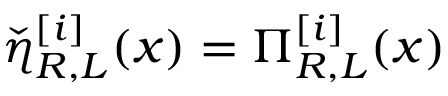
\check { \eta } _ { R , L } ^ { [ i ] } ( x ) = \Pi _ { R , L } ^ { [ i ] } ( x )